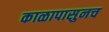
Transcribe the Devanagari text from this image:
काळापासुनच